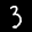
Label: 3